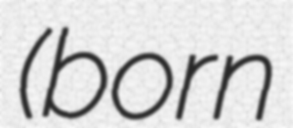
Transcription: (born